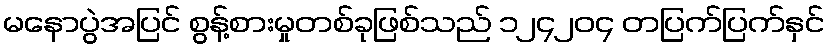
မနောပွဲအပြင် စွန့်စားမှုတစ်ခုဖြစ်သည် ၁၂၄၂၀၄ တပြက်ပြက်နှင်